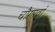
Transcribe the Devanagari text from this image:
चौगावां